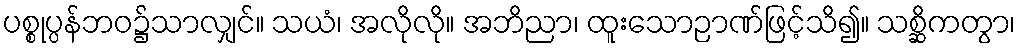
ပစ္စုပ္ပန်ဘဝ၌သာလျှင်။ သယံ၊ အလိုလို။ အဘိညာ၊ ထူးသောဉာဏ်ဖြင့်သိ၍။ သစ္ဆိကတွာ၊